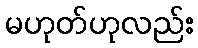
မဟုတ်ဟုလည်း